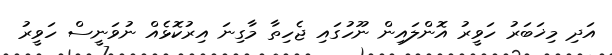
އަދި މިޚަބަރު ހަވީރު އޮންލައިން ނޫހުގައި ޖެހިތާ މާގިނަ އިރުކޮޅެއް ނުވަނީސް ހަވީރު